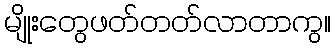
မျိုးတွေဖတ်တတ်လာတာကွ။